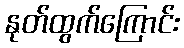
နုတ်ထွက်ကြောင်း